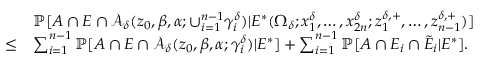
\begin{array} { r l } & { \mathbb { P } [ A \cap E \cap \mathcal { A } _ { \delta } ( z _ { 0 } , \beta , \alpha ; \cup _ { i = 1 } ^ { n - 1 } \gamma _ { i } ^ { \delta } ) | E ^ { * } ( \Omega _ { \delta } ; x _ { 1 } ^ { \delta } , \ldots , x _ { 2 n } ^ { \delta } ; z _ { 1 } ^ { \delta , + } , \ldots , z _ { n - 1 } ^ { \delta , + } ) ] } \\ { \le } & { \sum _ { i = 1 } ^ { n - 1 } \mathbb { P } [ A \cap E \cap \mathcal { A } _ { \delta } ( z _ { 0 } , \beta , \alpha ; \gamma _ { i } ^ { \delta } ) | E ^ { * } ] + \sum _ { i = 1 } ^ { n - 1 } \mathbb { P } [ A \cap E _ { i } \cap \tilde { E } _ { i } | E ^ { * } ] . } \end{array}